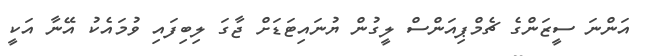
އަންނަ ސީޒަންގެ ޗެމްޕިއަންސް ލީގުން ޔުނައިޓަޑަށް ޖާގަ ލިބިފައި ވުމައެކު އޭނާ އަކީ